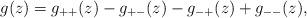
LaTeX: \begin{align*}g(z)=g_{++}(z)-g_{+-}(z)-g_{-+}(z)+g_{--}(z),\end{align*}